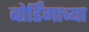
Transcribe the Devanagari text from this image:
बोर्डिंगाच्या